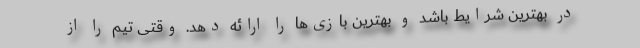
در بهترین شرایط باشد و بهترین بازی‌ها را ارائه دهد. وقتی تیم را از